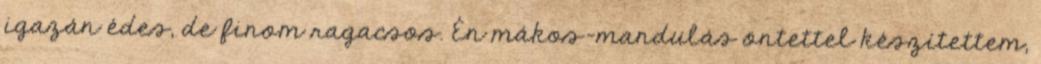
igazán édes, de finom ragacsos. Én mákos-mandulás öntettel készítettem,